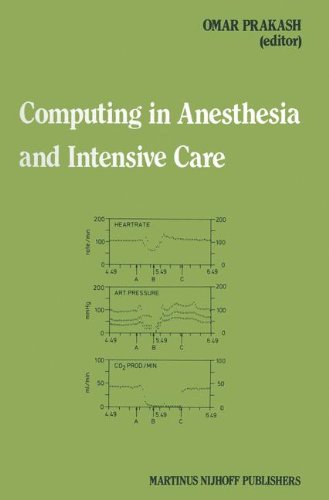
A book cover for Computing in Anesthesia and Intensive Care (Developments in Critical Care Medicine and Anaesthesiology); Medical Books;